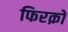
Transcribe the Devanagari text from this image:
फिरक़ों